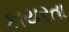
કાયરતા